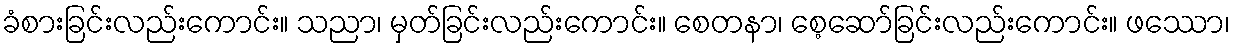
ခံစားခြင်းလည်းကောင်း။ သညာ၊ မှတ်ခြင်းလည်းကောင်း။ စေတနာ၊ စေ့ဆော်ခြင်းလည်းကောင်း။ ဖဿော၊